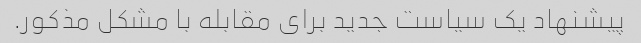
پیشنهاد یک سیاست جدید برای مقابله با مشکل مذکور.